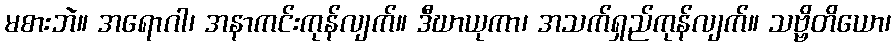
မစားဘဲ။ အရောဂါ၊ အနာကင်းကုန်လျက်။ ဒီဃာယုကာ၊ အသက်ရှည်ကုန်လျက်။ သဗ္ဗိတိယော၊